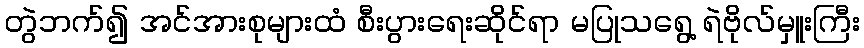
တွဲဘက်၍ အင်အားစုများထံ စီးပွားရေးဆိုင်ရာ မပြုသရွေ့ ရဲဗိုလ်မှူးကြီး